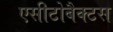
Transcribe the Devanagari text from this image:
एसीटोबैक्टस